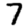
Digit: 7